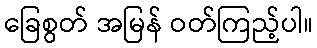
ခြေစွတ် အမြန် ဝတ်ကြည့်ပါ။